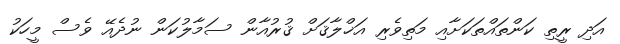
އަދި ރީތި ކަންތައްތަކަށާއި މަތިވެރި އަޚްލާޤަށް ޤުރުއާން ސަމާލުކަން ނުދެއޭ ވެސް މީހަކު